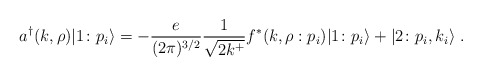
\begin{align*}a^{\dagger}(k,\rho) \vert 1\colon p_i \rangle =-{e \over {(2\pi)^{3/2}}}{1 \over \sqrt{2k^+}}f^*(k, \rho:p_i) \vert 1\colon p_i \rangle + \vert 2 \colon p_i, k_i \rangle\;.\end{align*}